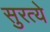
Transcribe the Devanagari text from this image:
सुरत्ये